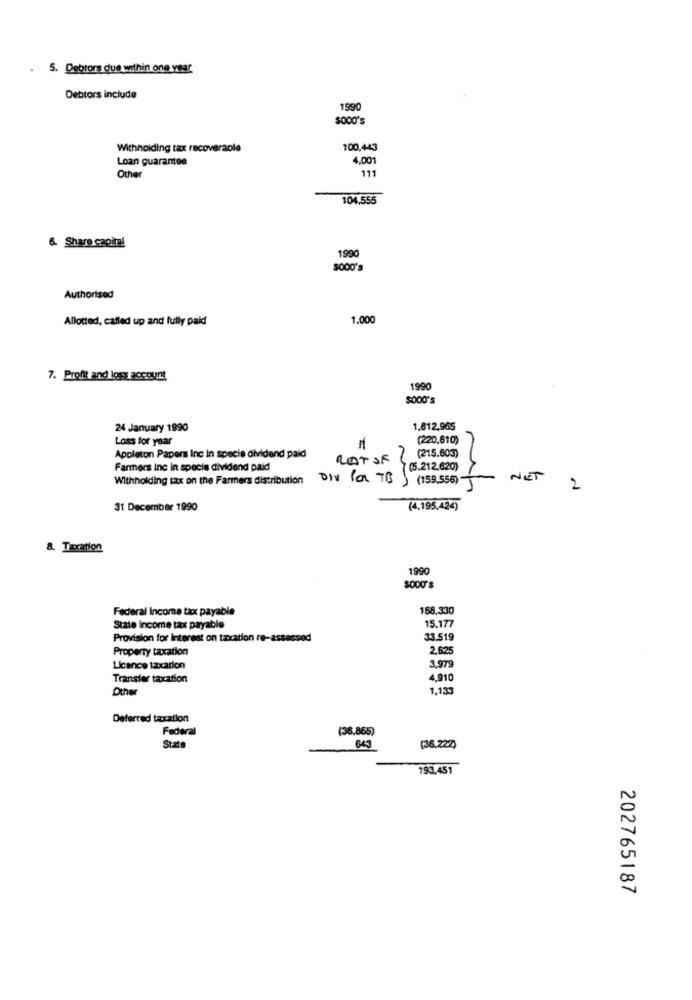
.
5. Debtors due within one vear
Debtors include
1990
$000's
Withholding tax recoverable
100,443
Loan guarantee
4,001
111
Other
104,555
6. Share capital
1990
Authorised
Allotted, called up and fully paid
1,000
7. Profit and loss account
1990
24 January 1990
1,612,965
Loss for year
(220,610)
Appleton Papers Inc in specie dividend paid
RETSEL
(215.603)
Farmers inc in specie dividend paid
7(5.212.620)
Withholding tax on the Farmers distribution DIV Con TB) (159.556)-
NET
2
31 December 1990
(4,195.424)
8. Taxation
1990
Federal Income tax payable
168.330
Stale income tax payable
15,177
Provision for Interest on taxation re-assessed
33.519
Property taxation
2,625
Licence taxation
3,979
Transfer taxation
4,910
Other
1,133
Deferred taxation
Federal
(36,865)
State
643
(36,222)
193,457
202765187